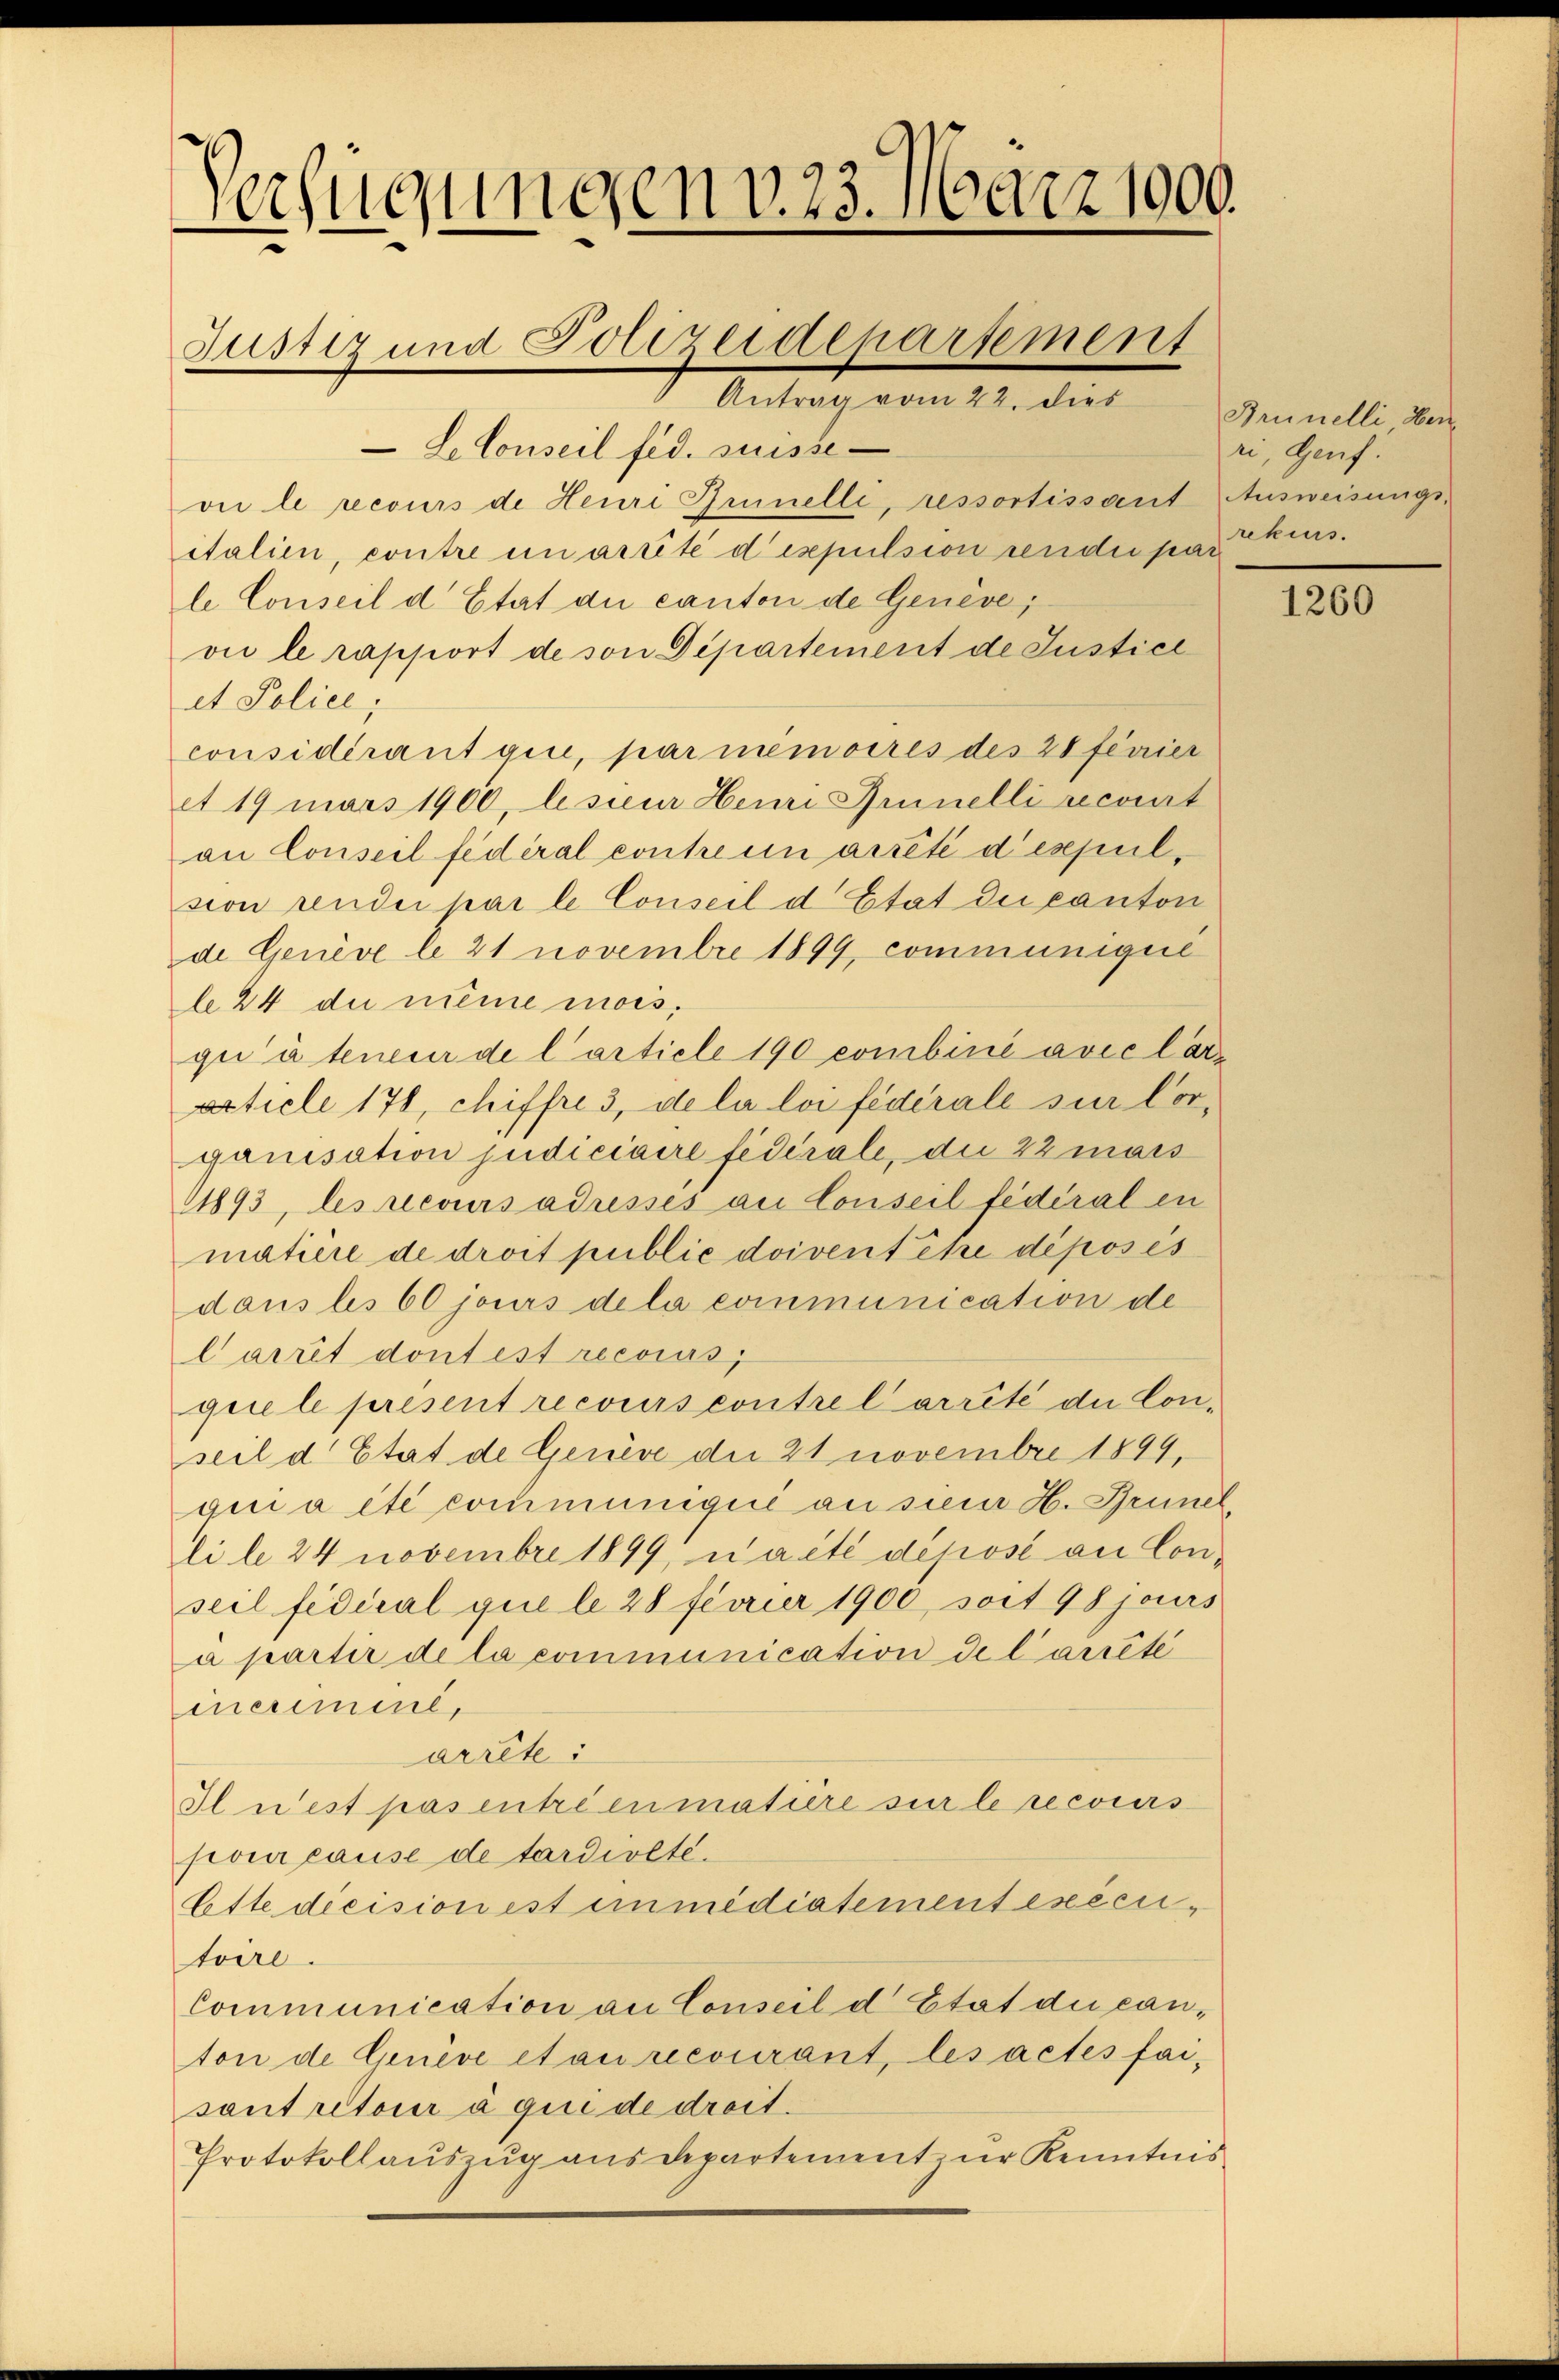
Verfügungen v. 23. März 1000.
Fustiz und Polizeidepartement
Antrag vom 22. dies
Le Conseil fid. Suisse-
vie le recours de Heuri Imnelle, ressortissant Ausweisungsitalien, contre in arrité dispulsion rendii par

le Conseil d’Etat die canton de Genève,
vie le rapport de von Departement de Justice
et Police;
considérant qui, par mémoires des 28 feurier
et 19 märs 1900, le seur Hemi Annelli recont
an Conseil fédéral contre un arrété d’espulsion rendii par le Conseil d’Etat die canton
de Genève le 21 novembre 1899, communiqué
le 24 du même mois,
già teneur de l’article 190 combiné avec lar¬
Article 178, chiffre 3, de la loi fédérale sur Corganisation judiciaire fédérale, die 22 mais
1893, les recours adressés au Conseil fédéral en
matière de droit public doiventite déposés
dans les 60 jours de la communication de
Carrit dont est recours,
guele présent recours contre l’arrêté du Conseil d. Etat de Genüge der 21 novembre 1899.
qui a été communigii an seur H. Grünel,
li le 24 novembre 1899, uaité déposé au Conseil fédéral que le 28 feurier 1900, soit 98 jours
a partir de la communication de l’arrêtée
incriment,
arrête:
Il n’est pas entréenmatière sur le recours
pour cause de tardiolte.
Lette dicision est immédiatement executoire.
Communication an Conseil d’Etat die can-
ton de Genève et au recourant, les actes fai-
santretour à qui de droit.
Protokollauszug aus departement zur Kenntnis

Brünelli Herz
ri, Genf.
rekurs.

1260